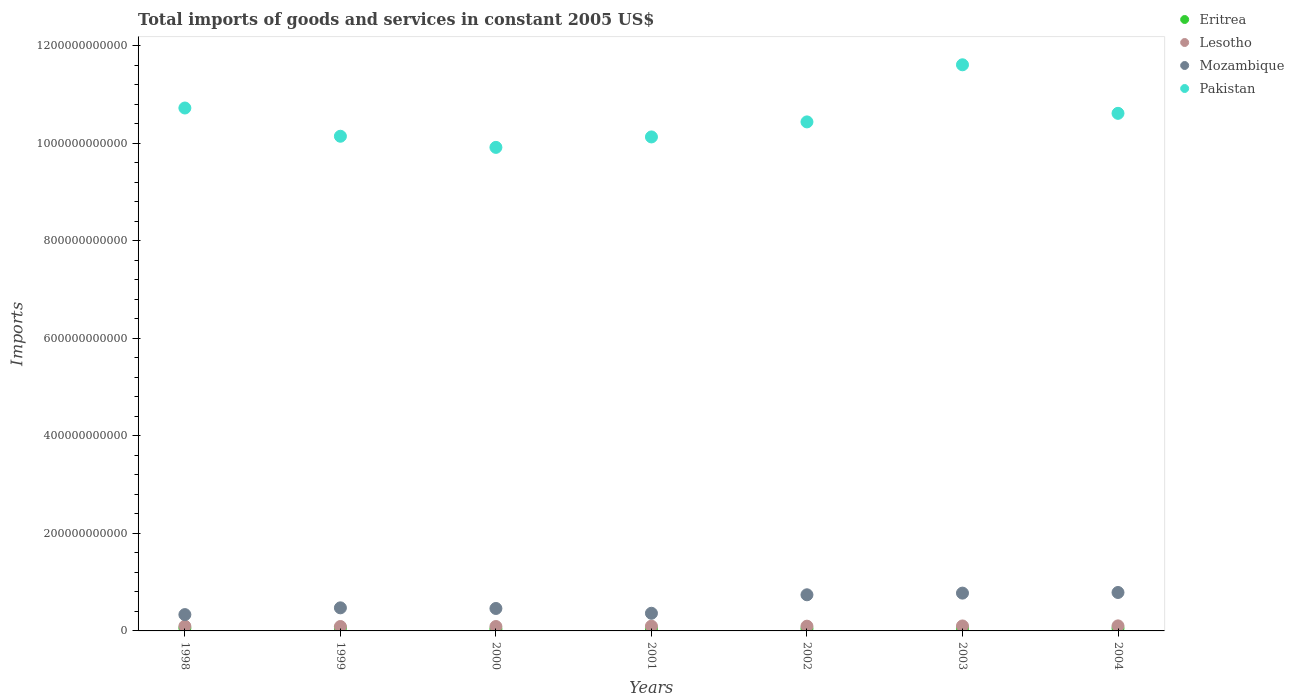
| Years | Eritrea | Lesotho | Mozambique | Pakistan |
 | --- | --- | --- | --- | --- |
 | 1998 | 5.74e+09 | 9.67e+09 | 3.35e+10 | 1.07e+12 |
 | 1999 | 5.84e+09 | 9.06e+09 | 4.74e+10 | 1.01e+12 |
 | 2000 | 3.96e+09 | 9.07e+09 | 4.6e+10 | 9.92e+11 |
 | 2001 | 4.54e+09 | 9.8e+09 | 3.62e+10 | 1.01e+12 |
 | 2002 | 4.62e+09 | 9.74e+09 | 7.41e+10 | 1.04e+12 |
 | 2003 | 5.43e+09 | 1.02e+10 | 7.75e+10 | 1.16e+12 |
 | 2004 | 5.35e+09 | 1.03e+10 | 7.88e+10 | 1.06e+12 |